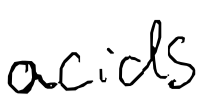
Text: acids
Cross-out: clean
Writing tool: digital_black